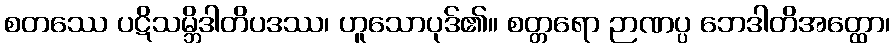
စတဿေ ပဋိသမ္ဘိဒါတိပဒဿ၊ ဟူသောပုဒ်၏။ စတ္တရော ဉာဏပ္ပ ဘေဒါတိအတ္ထော၊